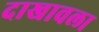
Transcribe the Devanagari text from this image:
दाखावला